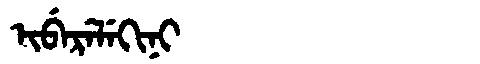
Manchu: ᡳᠪᡝᡵᡝᠯᡝᡴᡳᠨᡳ
Romanization: IBERELEKINI